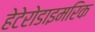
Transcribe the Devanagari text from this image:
हेटेरोडाइमरिक